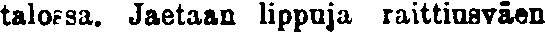
talossa. Jaetaan lippoja raittiusväen